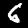
Digit: 6